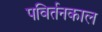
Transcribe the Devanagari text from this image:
पविर्तनकाल